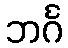
ဘင်္ဂ